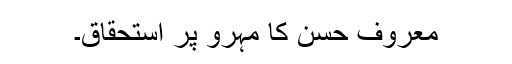
معروف حسن کا مہرو پر استحقاق۔